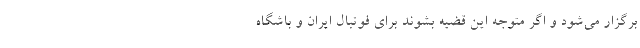
برگزار می‌شود و اگر متوجه این قضیه بشوند برای فوتبال ایران و باشگاه